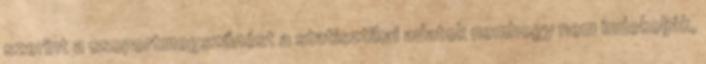
szerint a csoportmegszűnést a statisztikai adatok nemhogy nem indokolják,